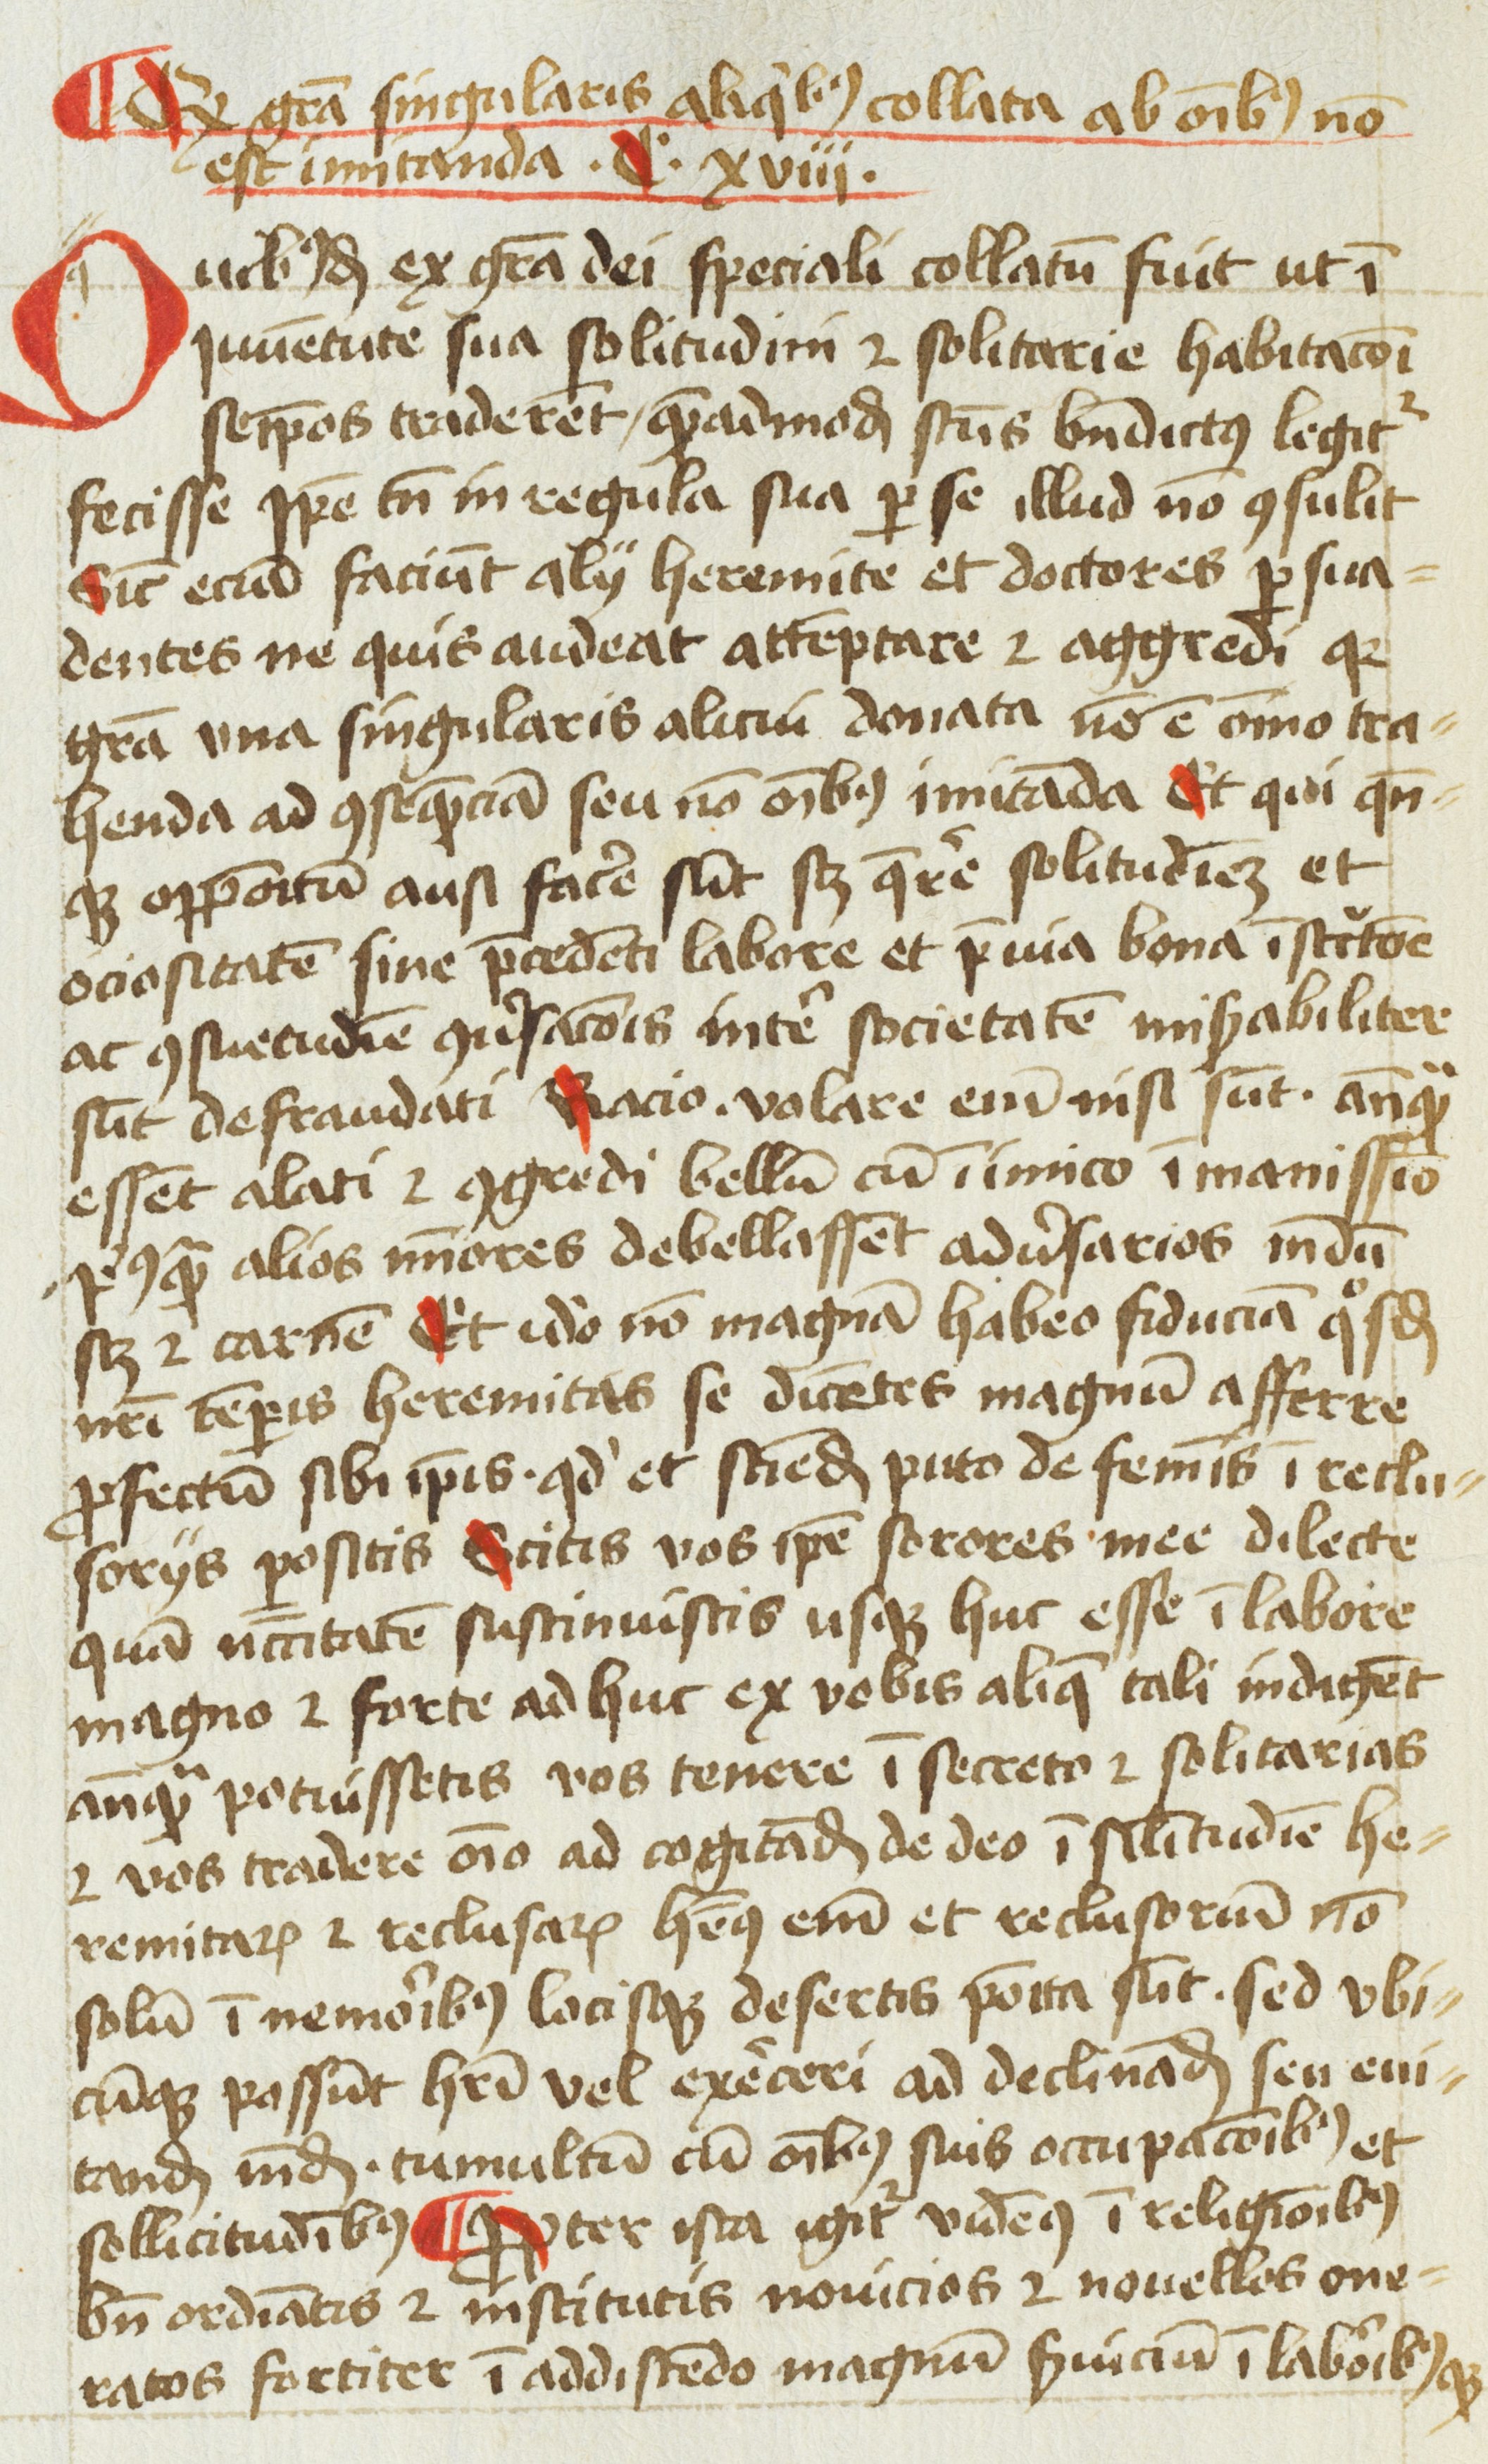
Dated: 1454–1456